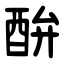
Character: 䣲